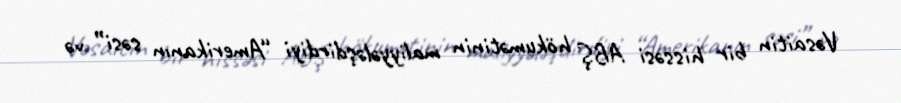
Vəsaitin bir hissəsi ABŞ hökumətinin maliyyələşdirdiyi “Amerikanın səsi” və